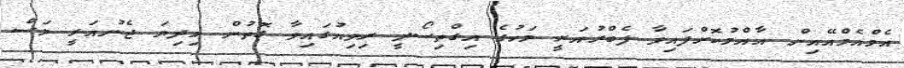
އެމްއެމްއޭއިން އާއްމުކޮށްފައިވާ ފެބްރުއަރީ މަހުގެ އިގްތިސޯދީ ރިވިއުގައިވާ ގޮތުން މިދިޔަ ޖެނުއަރީ މަސް